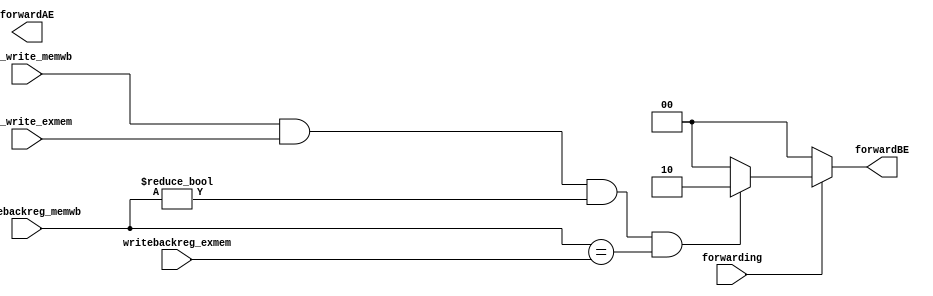
`timescale 1ns / 1ps
//////////////////////////////////////////////////////////////////////////////////
// Company: 
// Engineer: 
// 
// Design Name: 
// Module Name:    SW_fowarding_unit 
// Project Name: 
// Target Devices: 
// Tool versions: 
// Description: 
//
// Dependencies: 
//
// Revision: 
// Revision 0.01 - File Created
// Additional Comments: 
//
//////////////////////////////////////////////////////////////////////////////////
module SW_fowarding_unit( 
	input forwarding,
	input reg_write_memwb,
	input mem_write_exmem ,
	input [4:0] writebackreg_memwb,
	input [4:0] writebackreg_exmem,
	output reg [1:0]forwardBE,
	output reg [1:0]forwardAE
    );
	 
	 always@(*)begin
			forwardBE=2'b00;
			if(forwarding)begin
				if (reg_write_memwb && mem_write_exmem &&(writebackreg_memwb != 5'b00000) && (writebackreg_memwb == writebackreg_exmem))
						forwardBE = 2'b10;
			end		
					
	 end
endmodule